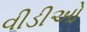
વીડીઓ